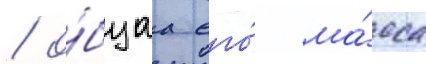
/ о́бщаа его́ ма́сса